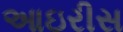
આઇરીસ